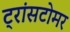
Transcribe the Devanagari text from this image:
ट्रांसटोमर